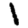
Digit: 1